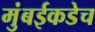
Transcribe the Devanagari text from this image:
मुंबईकडेच